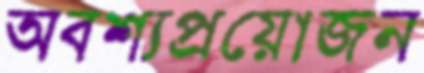
অবশ্যপ্রয়োজন